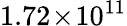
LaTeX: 1.72\! \times\! 10^{11}